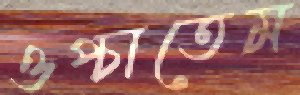
ওপ্‌চাতেম